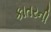
કાતરની